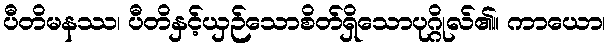
ပီတိမနဿ၊ ပီတိနှင့်ယှဉ်သောစိတ်ရှိသောပုဂ္ဂိုလ်၏။ ကာယော၊